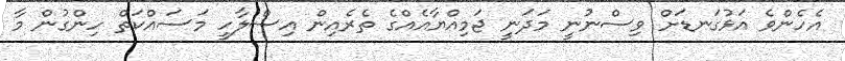
އެހެންވެ އަޅުގަނޑަށް ވިސްނުނީ މަދަނީ ޖަމިއްޔާއެއްގެ ތެރެއިން އިސްލާހީ މަސައްކަތް ހިންގުން މާ